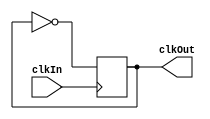
module clockDivider(input clkIn, output reg clkOut);
	always@(posedge clkIn) begin
		clkOut <= !clkOut;
	end
endmodule